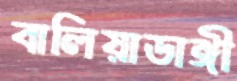
বালিয়াডাঙ্গী